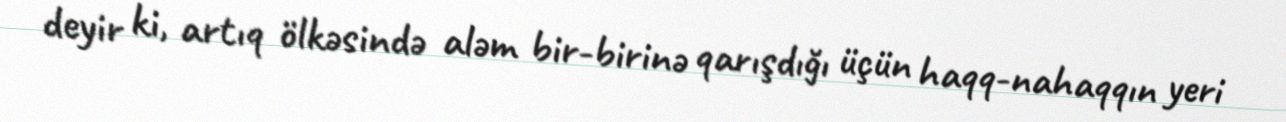
deyir ki, artıq ölkəsində aləm bir-birinə qarışdığı üçün haqq-nahaqqın yeri